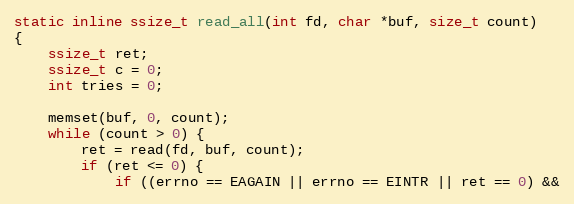
Language: C
static inline ssize_t read_all(int fd, char *buf, size_t count)
{
	ssize_t ret;
	ssize_t c = 0;
	int tries = 0;

	memset(buf, 0, count);
	while (count > 0) {
		ret = read(fd, buf, count);
		if (ret <= 0) {
			if ((errno == EAGAIN || errno == EINTR || ret == 0) &&